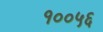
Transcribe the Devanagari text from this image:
१००५६